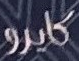
كايرو